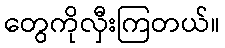
တွေကိုလှီးကြတယ်။